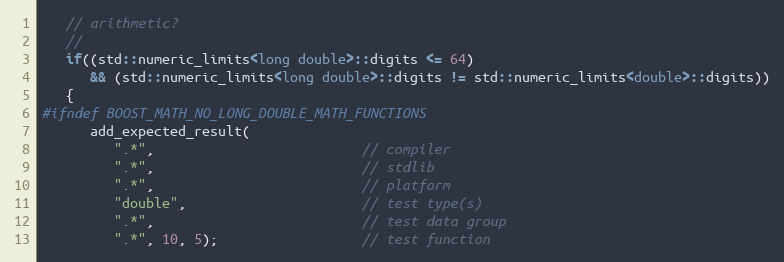
Language: C++
   // arithmetic?
   //
   if((std::numeric_limits<long double>::digits <= 64)
      && (std::numeric_limits<long double>::digits != std::numeric_limits<double>::digits))
   {
#ifndef BOOST_MATH_NO_LONG_DOUBLE_MATH_FUNCTIONS
      add_expected_result(
         ".*",                          // compiler
         ".*",                          // stdlib
         ".*",                          // platform
         "double",                      // test type(s)
         ".*",                          // test data group
         ".*", 10, 5);                  // test function